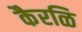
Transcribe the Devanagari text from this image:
कैरळि